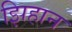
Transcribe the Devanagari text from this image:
झिहान